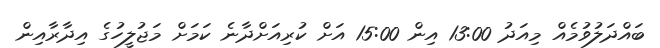
ބައްދަލުވުމެއް މިއަދު 13:00 އިން 15:00 އަށް ކުރިއަށްދާނެ ކަމަށް މަޖުލީހުގެ އިދާރާއިން